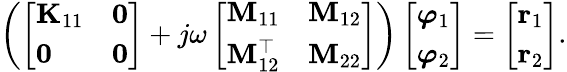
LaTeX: \begin{array}{r}{\left(\left[\begin{array}{ll}{\mathbf{K}_{11}}&{\mathbf{0}}\\ {\mathbf{0}}&{\mathbf{0}}\end{array}\right]+j\omega\left[\begin{array}{ll}{\mathbf{M}_{11}}&{\mathbf{M}_{12}}\\ {\mathbf{M}_{12}^{\top}}&{\mathbf{M}_{22}}\end{array}\right]\right)\left[\begin{array}{l}{\boldsymbol{\varphi}_{1}}\\ {\boldsymbol{\varphi}_{2}}\end{array}\right]=\left[\begin{array}{l}{\mathbf{r}_{1}}\\ {\mathbf{r}_{2}}\end{array}\right].}\end{array}